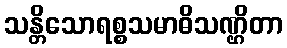
သန္တိသောရစ္စသမာဓိသဏ္ဌိတာ